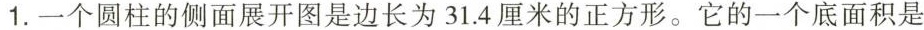
1.一个圆柱的侧面展开图是边长为31.4厘米的正方形。它的一个底面积是